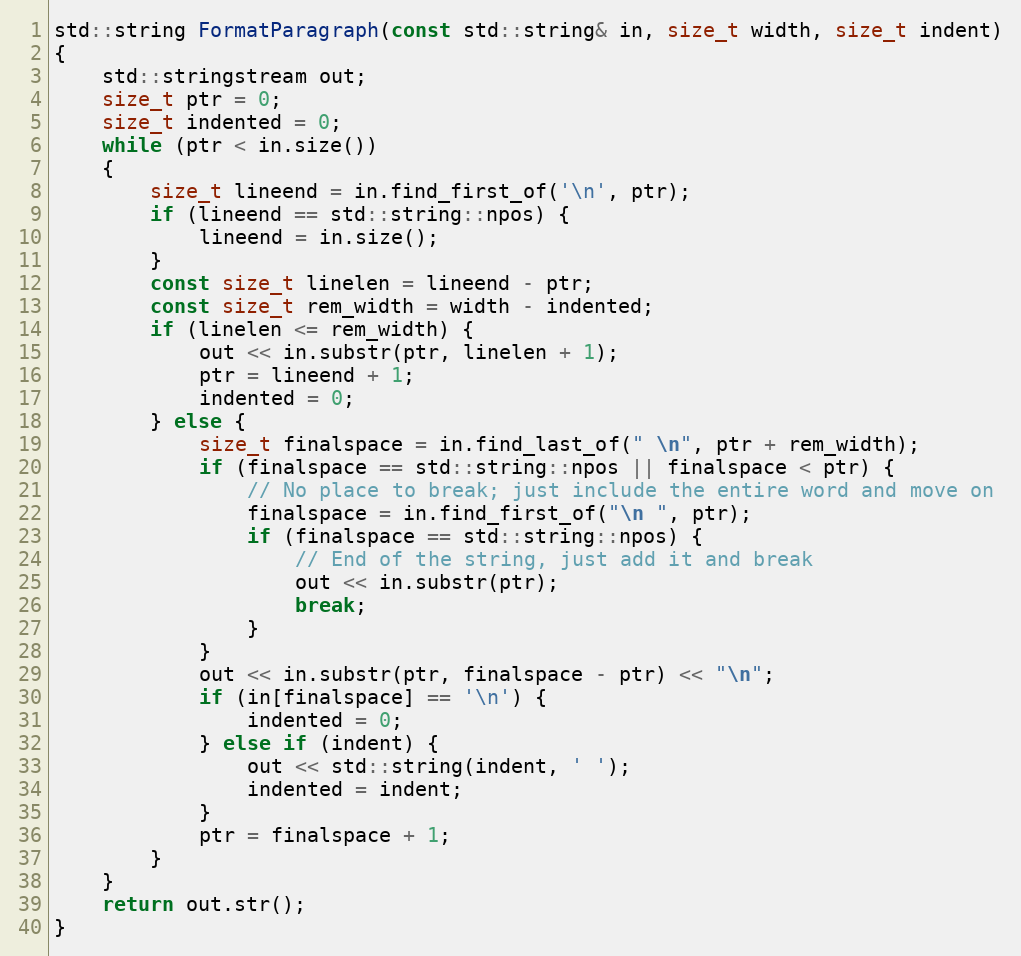
Language: C++
std::string FormatParagraph(const std::string& in, size_t width, size_t indent)
{
    std::stringstream out;
    size_t ptr = 0;
    size_t indented = 0;
    while (ptr < in.size())
    {
        size_t lineend = in.find_first_of('\n', ptr);
        if (lineend == std::string::npos) {
            lineend = in.size();
        }
        const size_t linelen = lineend - ptr;
        const size_t rem_width = width - indented;
        if (linelen <= rem_width) {
            out << in.substr(ptr, linelen + 1);
            ptr = lineend + 1;
            indented = 0;
        } else {
            size_t finalspace = in.find_last_of(" \n", ptr + rem_width);
            if (finalspace == std::string::npos || finalspace < ptr) {
                // No place to break; just include the entire word and move on
                finalspace = in.find_first_of("\n ", ptr);
                if (finalspace == std::string::npos) {
                    // End of the string, just add it and break
                    out << in.substr(ptr);
                    break;
                }
            }
            out << in.substr(ptr, finalspace - ptr) << "\n";
            if (in[finalspace] == '\n') {
                indented = 0;
            } else if (indent) {
                out << std::string(indent, ' ');
                indented = indent;
            }
            ptr = finalspace + 1;
        }
    }
    return out.str();
}